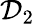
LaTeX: \mathcal{D}_{2}